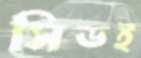
সিডই